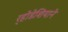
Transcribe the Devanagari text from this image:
र्‍होडेशियाने